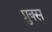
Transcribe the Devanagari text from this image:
प्रुक्स